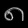
Digit: ၈